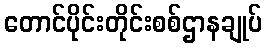
တောင်ပိုင်းတိုင်းစစ်ဌာနချုပ်